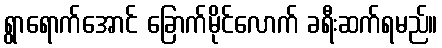
ရွာရောက်အောင် ခြောက်မိုင်လောက် ခရီးဆက်ရမည်။